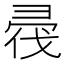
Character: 𢑟